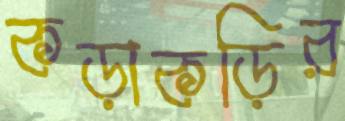
কড়াকড়ির